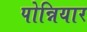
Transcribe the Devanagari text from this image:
पोन्नियार